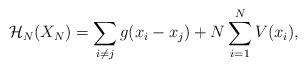
LaTeX: \begin{align*} \mathcal{H}_{N}(X_{N}) = \sum_{i \neq j} g(x_{i}- x_{j}) + N \sum_{i=1}^{N} V(x_{i}),\end{align*}